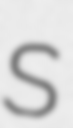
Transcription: S